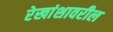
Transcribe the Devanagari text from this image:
रेखांशावरील